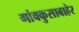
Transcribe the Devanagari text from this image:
गांवकुसाबाहेर